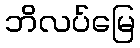
ဘိလပ်မြေ